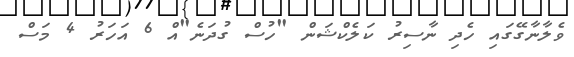
ވެލާނާގޭގައި ހެދި ނާސިރު ކަލެކްޝަން "ހުސް ގުދަނެ"އް 6 އަހަރު 4 މަސް